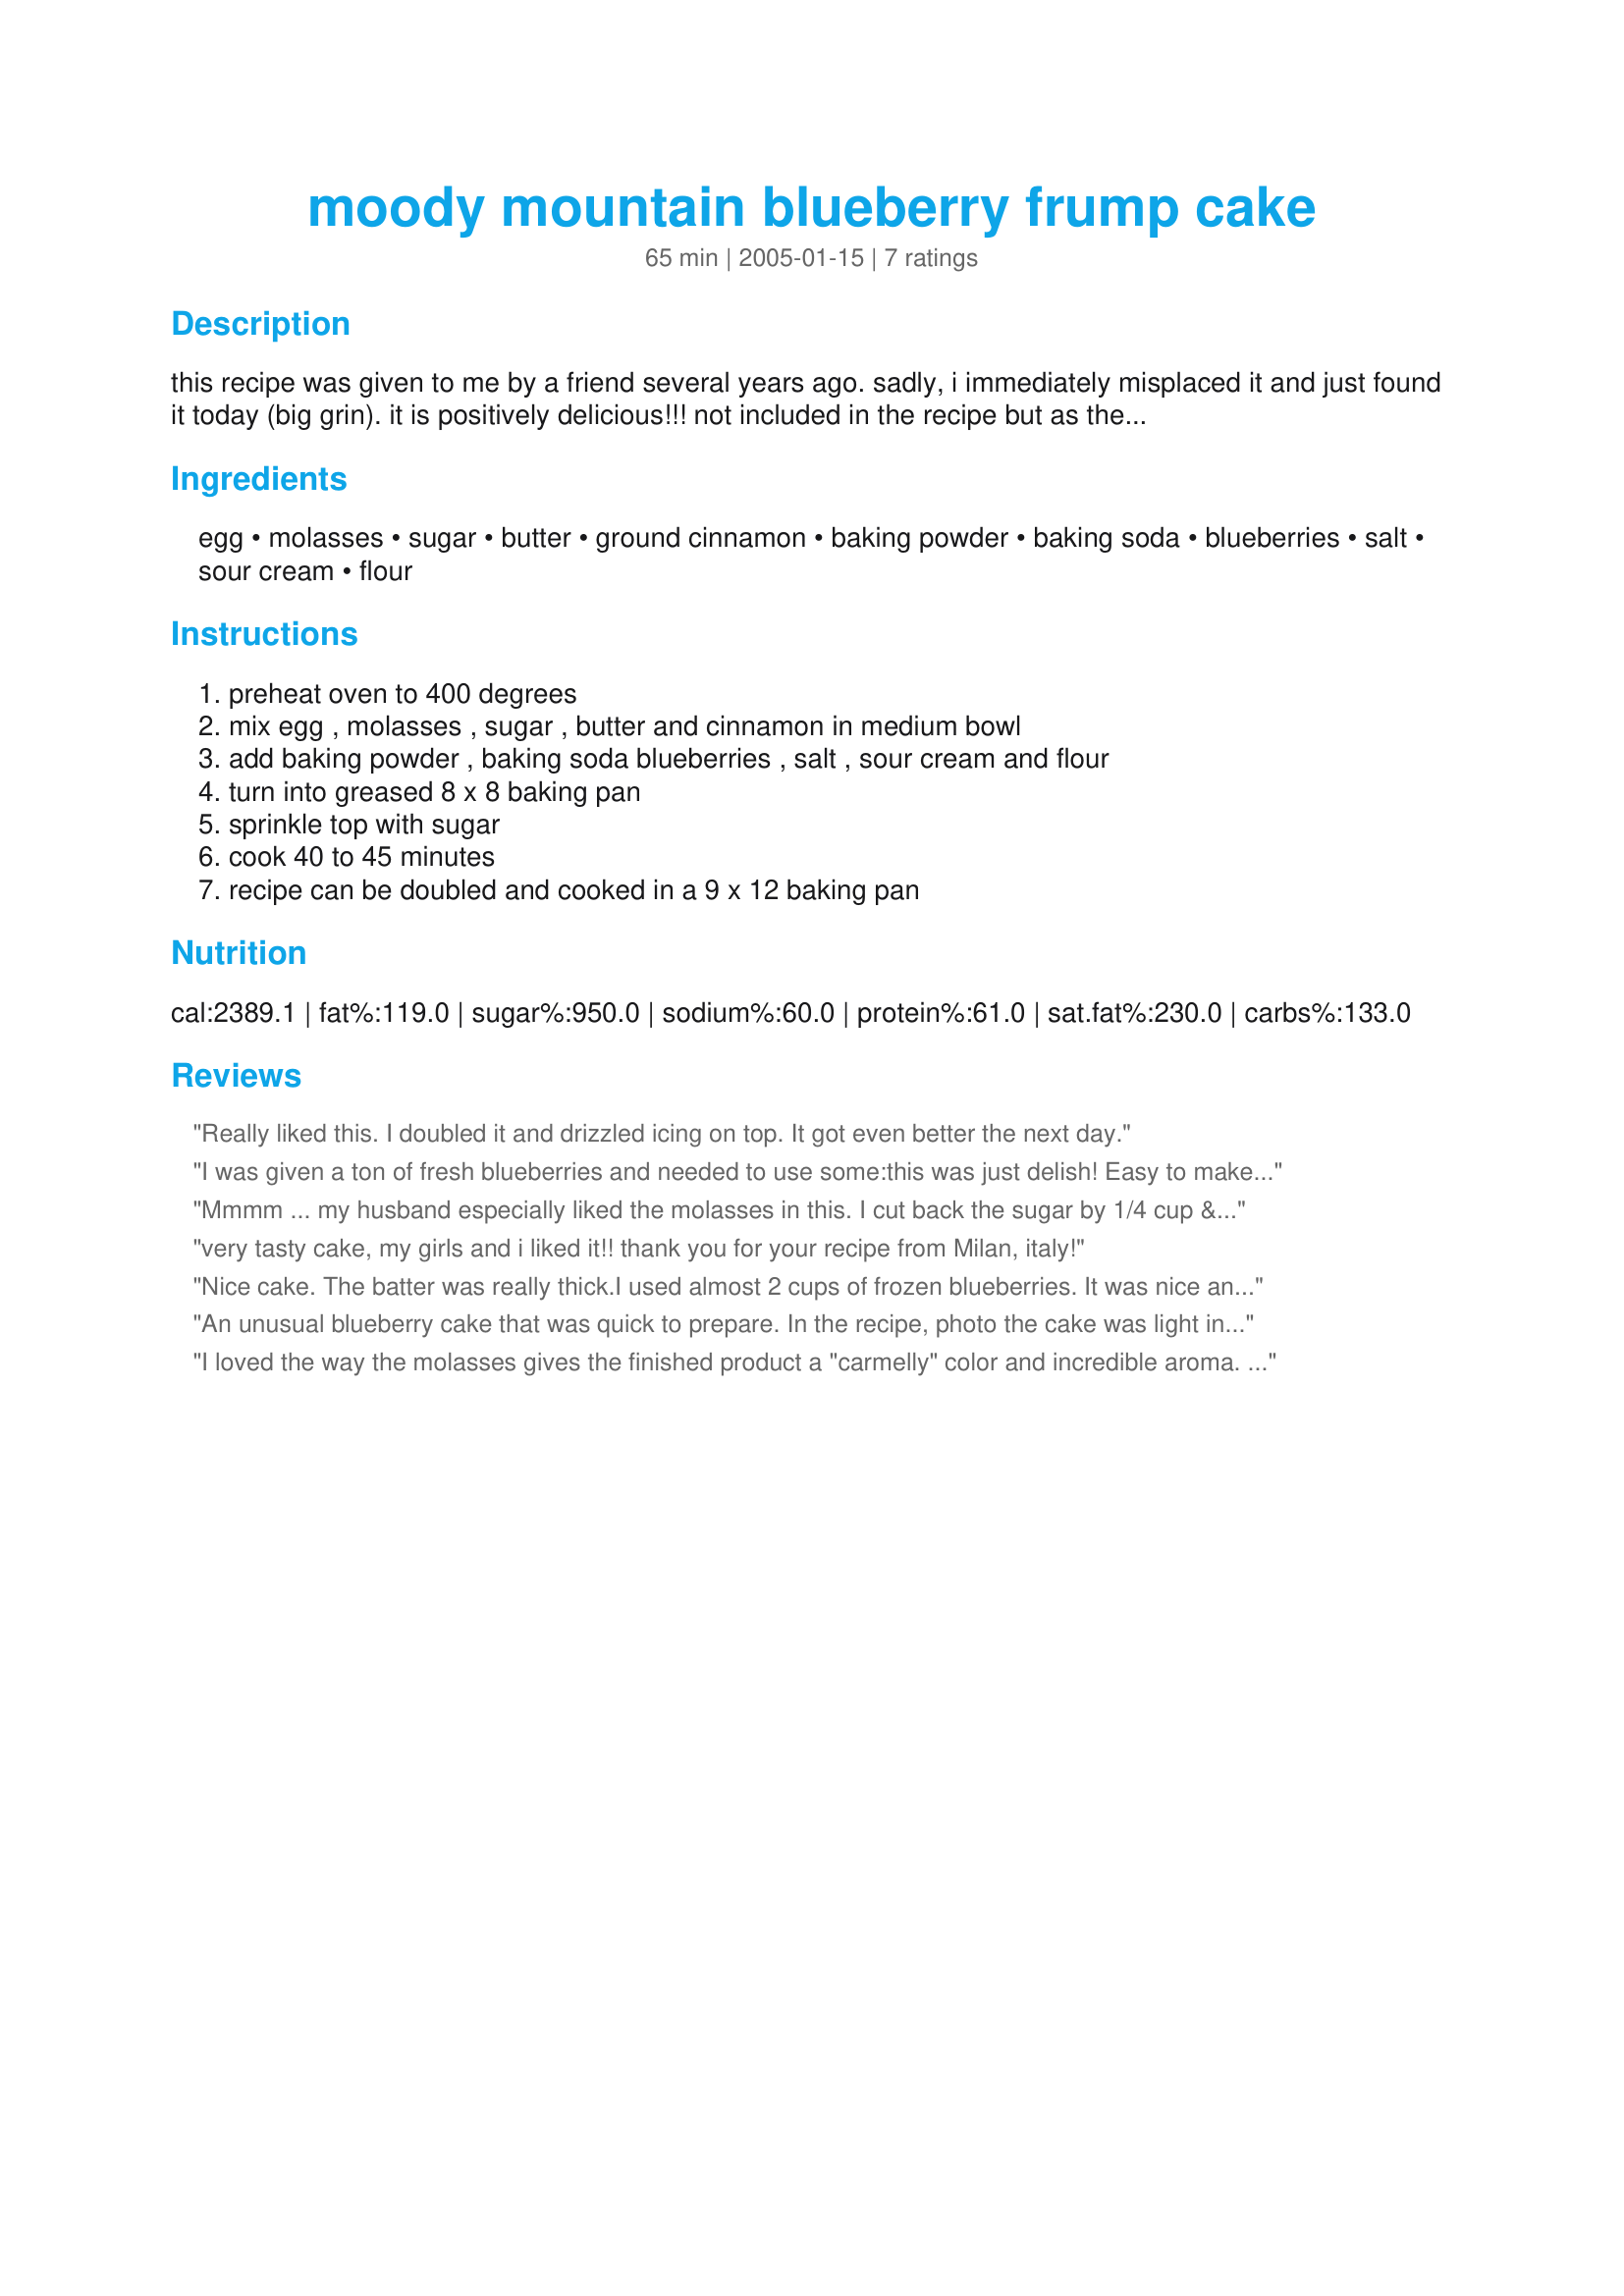
moody mountain blueberry frump cake
Preparation time: 65 minutes

this recipe was given to me by a friend several years ago. sadly, i immediately misplaced it and just found it today (big grin). it is positively delicious!!! not included in the recipe but as the photos show, you can also drizzle the top with a mixture of confectioners sugar and water.....just make it to the consistency you prefer.

Ingredients:
egg, molasses, sugar, butter, ground cinnamon, baking powder, baking soda, blueberries, salt, sour cream, flour

Steps:
preheat oven to 400 degrees, mix egg , molasses , sugar , butter and cinnamon in medium bowl, add baking powder , baking soda blueberries , salt , sour cream and flour, turn into greased 8 x 8 baking pan, sprinkle top with sugar, cook 40 to 45 minutes, recipe can be doubled and cooked in a 9 x 12 baking pan

Reviews:
Really liked this. I doubled it and drizzled icing on top. It got even better the next day.
I was given a ton of fresh blueberries and needed to use some:this was just delish! Easy to make with stuff I had on hand. Since I had so many berries, I used almost 2 cups and it still came out fine. Very tasty and goes well with my morning coffee!
Mmmm ... my husband especially liked the molasses in this. I cut back the sugar by 1/4 cup & added 1t. vanilla.
very tasty cake, my girls and i liked it!!
thank you for your recipe from Milan, italy!
Nice cake. The batter was really thick.I used almost 2 cups of frozen blueberries. It was nice and moist.
An unusual blueberry cake that was quick to prepare. In the 
recipe, photo the cake was light
in color, but mine was quite dark,
like gingerbread. Very good cake if you want something quick to prepare. My husband loved it!
I loved the way the molasses gives the finished product a "carmelly" color and incredible aroma. So easy to throw together and the perfect answer for "what to do with those blueberries?!". Thanks for an easy, fun, delicious idea!
